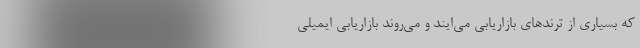
که بسیاری از ترندهای بازاریابی می‌ایند و می‌روند بازاریابی ایمیلی